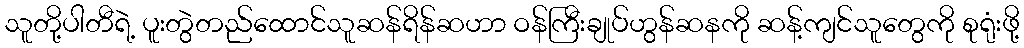
သူတို့ပါတီရဲ့ ပူးတွဲတည်ထောင်သူဆန်ရိန်ဆဟာ ဝန်ကြီးချုပ်ဟွန်ဆနကို ဆန့်ကျင်သူတွေကို စုရုံးဖို့